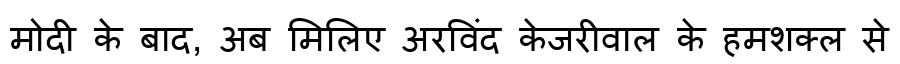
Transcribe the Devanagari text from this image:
मोदी के बाद, अब मिलिए अरविंद केजरीवाल के हमशक्ल से